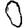
Digit: 0